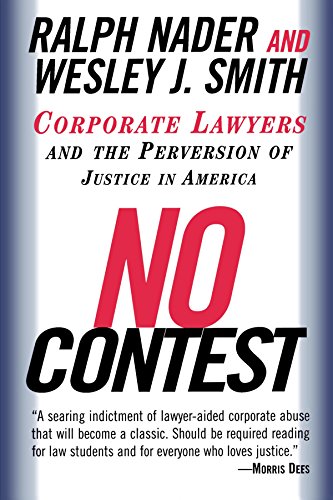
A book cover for No Contest: Corporate Lawyers and the Perversion of Justice in America; Ralph Nader; Law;